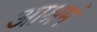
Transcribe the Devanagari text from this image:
आश्रमं